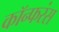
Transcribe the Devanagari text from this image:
कॉन्फरंस